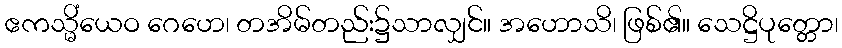
ဧကသ္မိံယေဝ ဂေဟေ၊ တအိမ်တည်း၌သာလျှင်။ အဟောသိ၊ ဖြစ်၏။ သေဋ္ဌိပုတ္တော၊